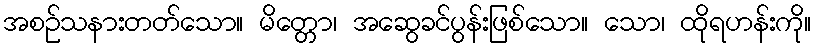
အစဉ်သနားတတ်သော။ မိတ္တော၊ အဆွေခင်ပွန်းဖြစ်သော။ သော၊ ထိုရဟန်းကို။